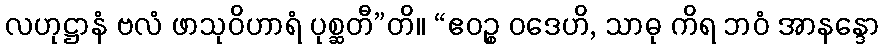
လဟုဋ္ဌာနံ ဗလံ ဖာသုဝိဟာရံ ပုစ္ဆတီ”တိ။ “ဧဝဉ္စ ဝဒေဟိ, သာဓု ကိရ ဘဝံ အာနန္ဒော